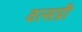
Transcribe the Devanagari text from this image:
वत्सप्री